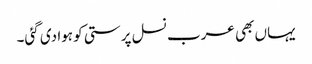
یہاں بھی عرب نسل پرستی کو ہوا دی گئی۔